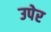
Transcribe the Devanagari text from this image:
उपेर